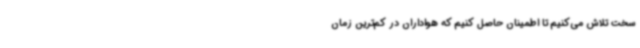
سخت تلاش می‌کنیم تا اطمینان حاصل کنیم که هواداران در کم‌ترین زمان